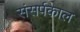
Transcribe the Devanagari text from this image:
संसर्पकाल